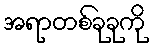
အရာတစ်ခုခုကို